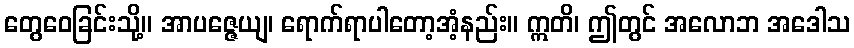
တွေဝေခြင်းသို့။ အာပဇ္ဇေယျ၊ ရောက်ရာပါတော့အံ့နည်း။ ဣတိ၊ ဤတွင် အလောဘ အဒေါသ